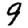
Digit: 9